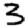
Digit: 3